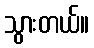
သွားတယ်။